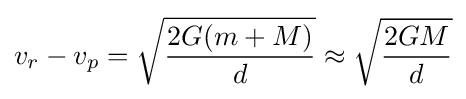
v_{r}-v_{p}={\sqrt {\frac {2G(m+M)}{d}}}\approx {\sqrt {\frac {2GM}{d}}}